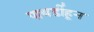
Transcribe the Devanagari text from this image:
पाथर्डीहून